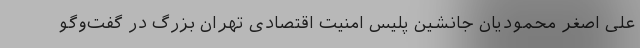
علی اصغر محمودیان جانشین پلیس امنیت اقتصادی تهران بزرگ در گفت‌وگو